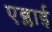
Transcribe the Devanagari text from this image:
एब्लाई